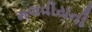
મલવીયની